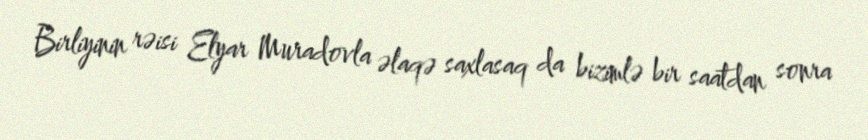
Birliyinin rəisi Elyar Muradovla əlaqə saxlasaq da bizimlə bir saatdan sonra